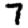
Digit: 7